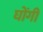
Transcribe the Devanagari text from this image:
घोंगी